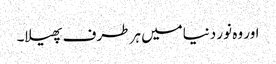
اور وہ نور دنیامیں ہر طرف پھیلا۔